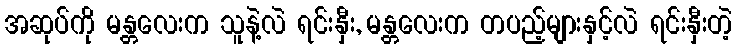
အဆုပ်ကို မန္တလေးက သူနဲ့လဲ ရင်းနှီး, မန္တလေးက တပည့်များနှင့်လဲ ရင်းနှီးတဲ့